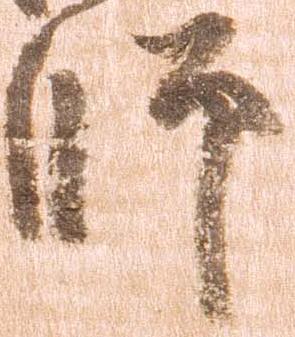
師